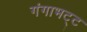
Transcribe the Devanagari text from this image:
गंगाभट्ट